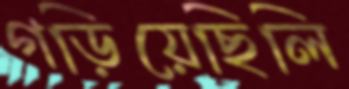
গড়িয়েছিলি